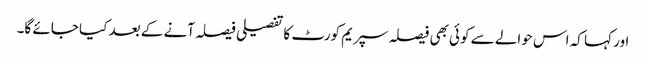
اور کہا کہ اس حوالے سے کوئی بھی فیصلہ سپریم کورٹ کا تفصیلی فیصلہ آنے کے بعد کیا جائے گا۔